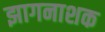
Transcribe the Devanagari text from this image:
झागनाशक